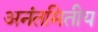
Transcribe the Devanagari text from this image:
अनंतमितीय